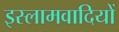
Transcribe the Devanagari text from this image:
इस्लामवादियों